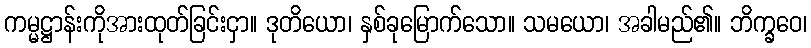
ကမ္မဋ္ဌာန်းကိုအားထုတ်ခြင်းငှာ။ ဒုတိယော၊ နှစ်ခုမြောက်သော။ သမယော၊ အခါမည်၏။ ဘိက္ခဝေ၊